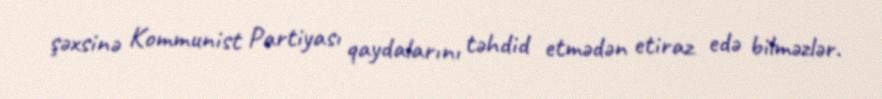
şəxsinə Kommunist Partiyası qaydalarını təhdid etmədən etiraz edə bilməzlər.